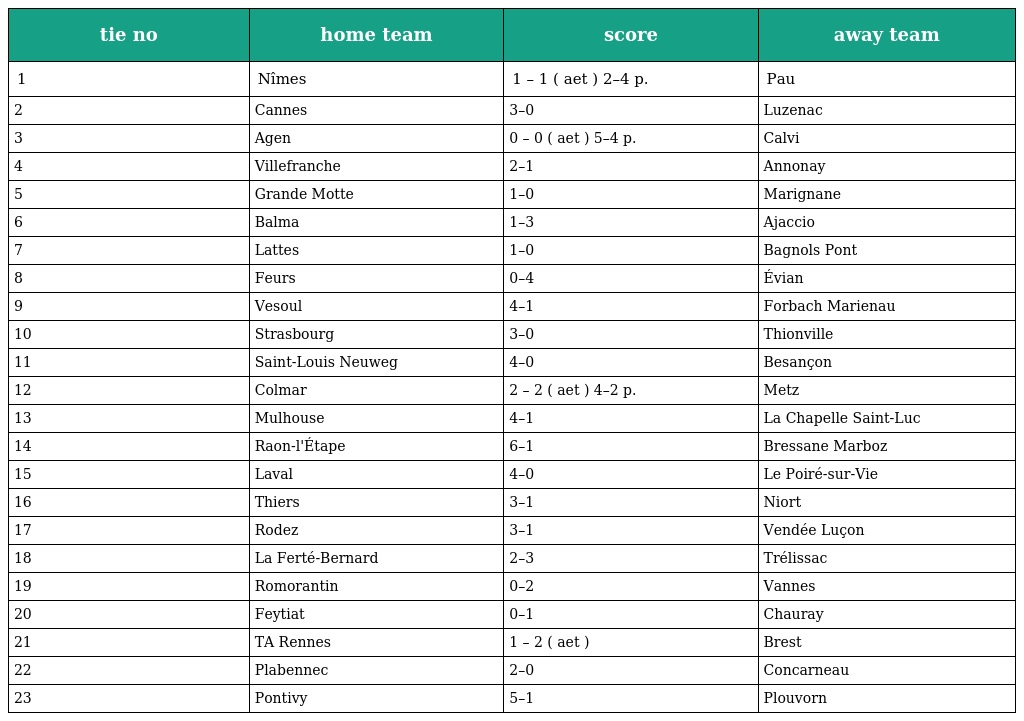
| tie no | home team | score | away team |
 | --- | --- | --- | --- |
 | 1 | Nîmes | 1 – 1 ( aet ) 2–4 p. | Pau |
 | 2 | Cannes | 3–0 | Luzenac |
 | 3 | Agen | 0 – 0 ( aet ) 5–4 p. | Calvi |
 | 4 | Villefranche | 2–1 | Annonay |
 | 5 | Grande Motte | 1–0 | Marignane |
 | 6 | Balma | 1–3 | Ajaccio |
 | 7 | Lattes | 1–0 | Bagnols Pont |
 | 8 | Feurs | 0–4 | Évian |
 | 9 | Vesoul | 4–1 | Forbach Marienau |
 | 10 | Strasbourg | 3–0 | Thionville |
 | 11 | Saint-Louis Neuweg | 4–0 | Besançon |
 | 12 | Colmar | 2 – 2 ( aet ) 4–2 p. | Metz |
 | 13 | Mulhouse | 4–1 | La Chapelle Saint-Luc |
 | 14 | Raon-l'Étape | 6–1 | Bressane Marboz |
 | 15 | Laval | 4–0 | Le Poiré-sur-Vie |
 | 16 | Thiers | 3–1 | Niort |
 | 17 | Rodez | 3–1 | Vendée Luçon |
 | 18 | La Ferté-Bernard | 2–3 | Trélissac |
 | 19 | Romorantin | 0–2 | Vannes |
 | 20 | Feytiat | 0–1 | Chauray |
 | 21 | TA Rennes | 1 – 2 ( aet ) | Brest |
 | 22 | Plabennec | 2–0 | Concarneau |
 | 23 | Pontivy | 5–1 | Plouvorn |